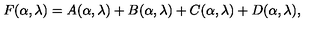
F ( \alpha , \lambda ) = A ( \alpha , \lambda ) + B ( \alpha , \lambda ) + C ( \alpha , \lambda ) + D ( \alpha , \lambda ) ,